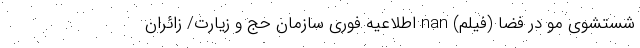
شستشوی مو در فضا (فیلم) nan اطلاعیه فوری سازمان حج و زیارت/ زائران